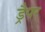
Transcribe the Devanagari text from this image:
ड्रैपर